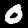
Digit: 0